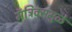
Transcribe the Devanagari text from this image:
मॅट्रिक्समुळे